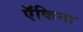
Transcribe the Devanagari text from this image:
ऍकिना